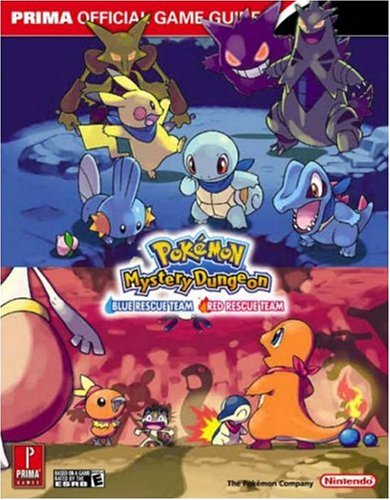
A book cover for PokÃ©mon Mystery Dungeon: Blue Rescue Team E¢ Red Rescue Team - The Official PokÃ©mon Strategy Guide; Computers & Technology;